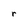
Character: r